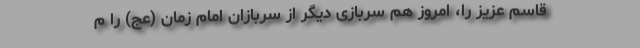
قاسم عزیز را، امروز هم سربازی دیگر از سربازان امام زمان (عج) را م